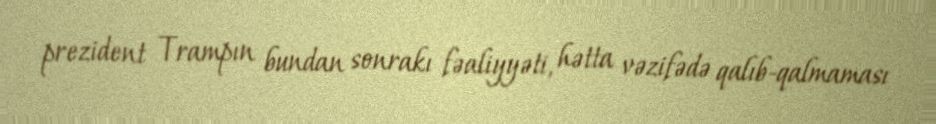
prezident Trampın bundan sonrakı fəaliyyəti, hətta vəzifədə qalıb-qalmaması